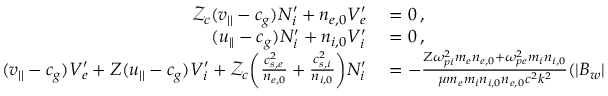
\begin{array} { r l } { \mathcal { Z } _ { c } ( v _ { | | } - c _ { g } ) N _ { i } ^ { \prime } + n _ { e , 0 } V _ { e } ^ { \prime } } & { { } = 0 \, , } \\ { ( u _ { | | } - c _ { g } ) N _ { i } ^ { \prime } + n _ { i , 0 } V _ { i } ^ { \prime } } & { { } = 0 \, , } \\ { ( v _ { | | } - c _ { g } ) V _ { e } ^ { \prime } + Z ( u _ { | | } - c _ { g } ) V _ { i } ^ { \prime } + \mathcal { Z } _ { c } \bigg ( \frac { c _ { s , e } ^ { 2 } } { n _ { e , 0 } } + \frac { c _ { s , i } ^ { 2 } } { n _ { i , 0 } } \bigg ) N _ { i } ^ { \prime } } & { { } = - \frac { Z \omega _ { p i } ^ { 2 } m _ { e } n _ { e , 0 } + \omega _ { p e } ^ { 2 } m _ { i } n _ { i , 0 } } { \mu m _ { e } m _ { i } n _ { i , 0 } n _ { e , 0 } c ^ { 2 } k ^ { 2 } } ( | B _ { w } | ^ { 2 } ) ^ { \prime } } \end{array}